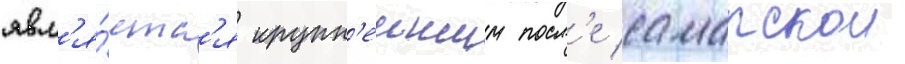
явл'я́етс'я крупн'еишим посл'е самарскои